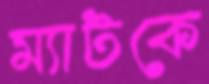
ম্যাটকে